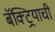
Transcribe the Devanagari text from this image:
बॅक्ट्रियाची